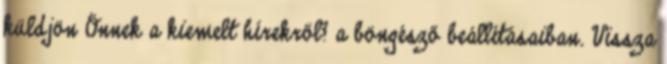
küldjön Önnek a kiemelt hírekről? a böngésző beállításaiban. Vissza